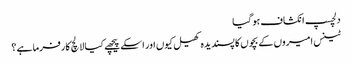
دلچسپ انکشاف ہو گیا
ٹینس امیروں کے بچوں کا پسندیدہ کھیل کیوں اور اسکے پیچھے کیا لالچ کارفرما ہے ؟